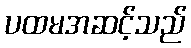
ပထမအဆင့်သည်